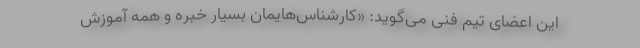
این اعضای تیم فنی می‌گوید: «کارشناس‌هایمان بسیار خبره و همه آموزش